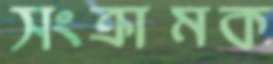
সংক্রামক